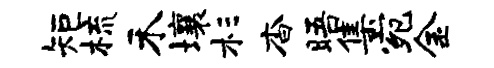
矩梳禾壤杉杳晤集宛金